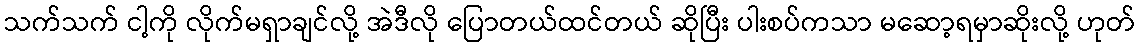
သက်သက် ငါ့ကို လိုက်မရှာချင်လို့ အဲဒီလို ပြောတယ်ထင်တယ် ဆိုပြီး ပါးစပ်ကသာ မဆော့ရမှာဆိုးလို့ ဟုတ်